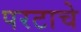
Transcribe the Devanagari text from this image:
परटाचे